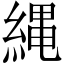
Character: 縄